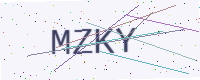
Text: MZKY